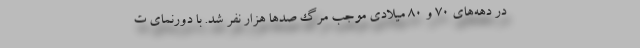
در دهه‌های ۷۰ و ۸۰ میلادی موجب مرگ صدها هزار نفر شد. با دورنمای ت